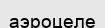
аэроцеле